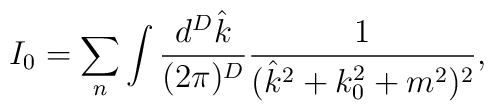
I_0=\sum_{n}\int \frac{d^D\hat k}{(2\pi)^D}\frac{1}{(\hat{k}^2+k_0^2+m^2)^2},